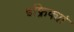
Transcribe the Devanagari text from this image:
इफ्रिक्यां